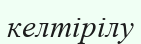
келтірілу